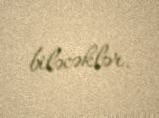
biləcəklər.